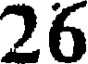
26